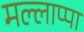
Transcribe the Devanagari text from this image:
मल्लाप्पा